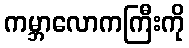
ကမ္ဘာလောကကြီးကို